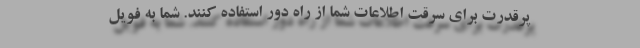
پرقدرت برای سرقت اطلاعات شما از راه دور استفاده کنند. شما به فویل